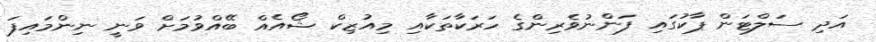
އަދި ސަލްޓަން ޕާކުގައި ފަންނުވެރިންގެ ހަރަކާތަކާއި މިއުޒިކް ޝޯއެއް ބޭއްވުމަށް ވަނީ ނިންމައިފަ